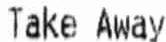
TAKE AWAY